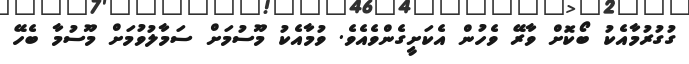
ގުގުރުމާއެކު ބޯކޮށް ވާރޭ ވެހުން އެކަށީގެންވެއެވެ. ވުމާއެކު މޫސުމަށް ސަމާލުވުމަށް މޫސުމާ ބެހޭ